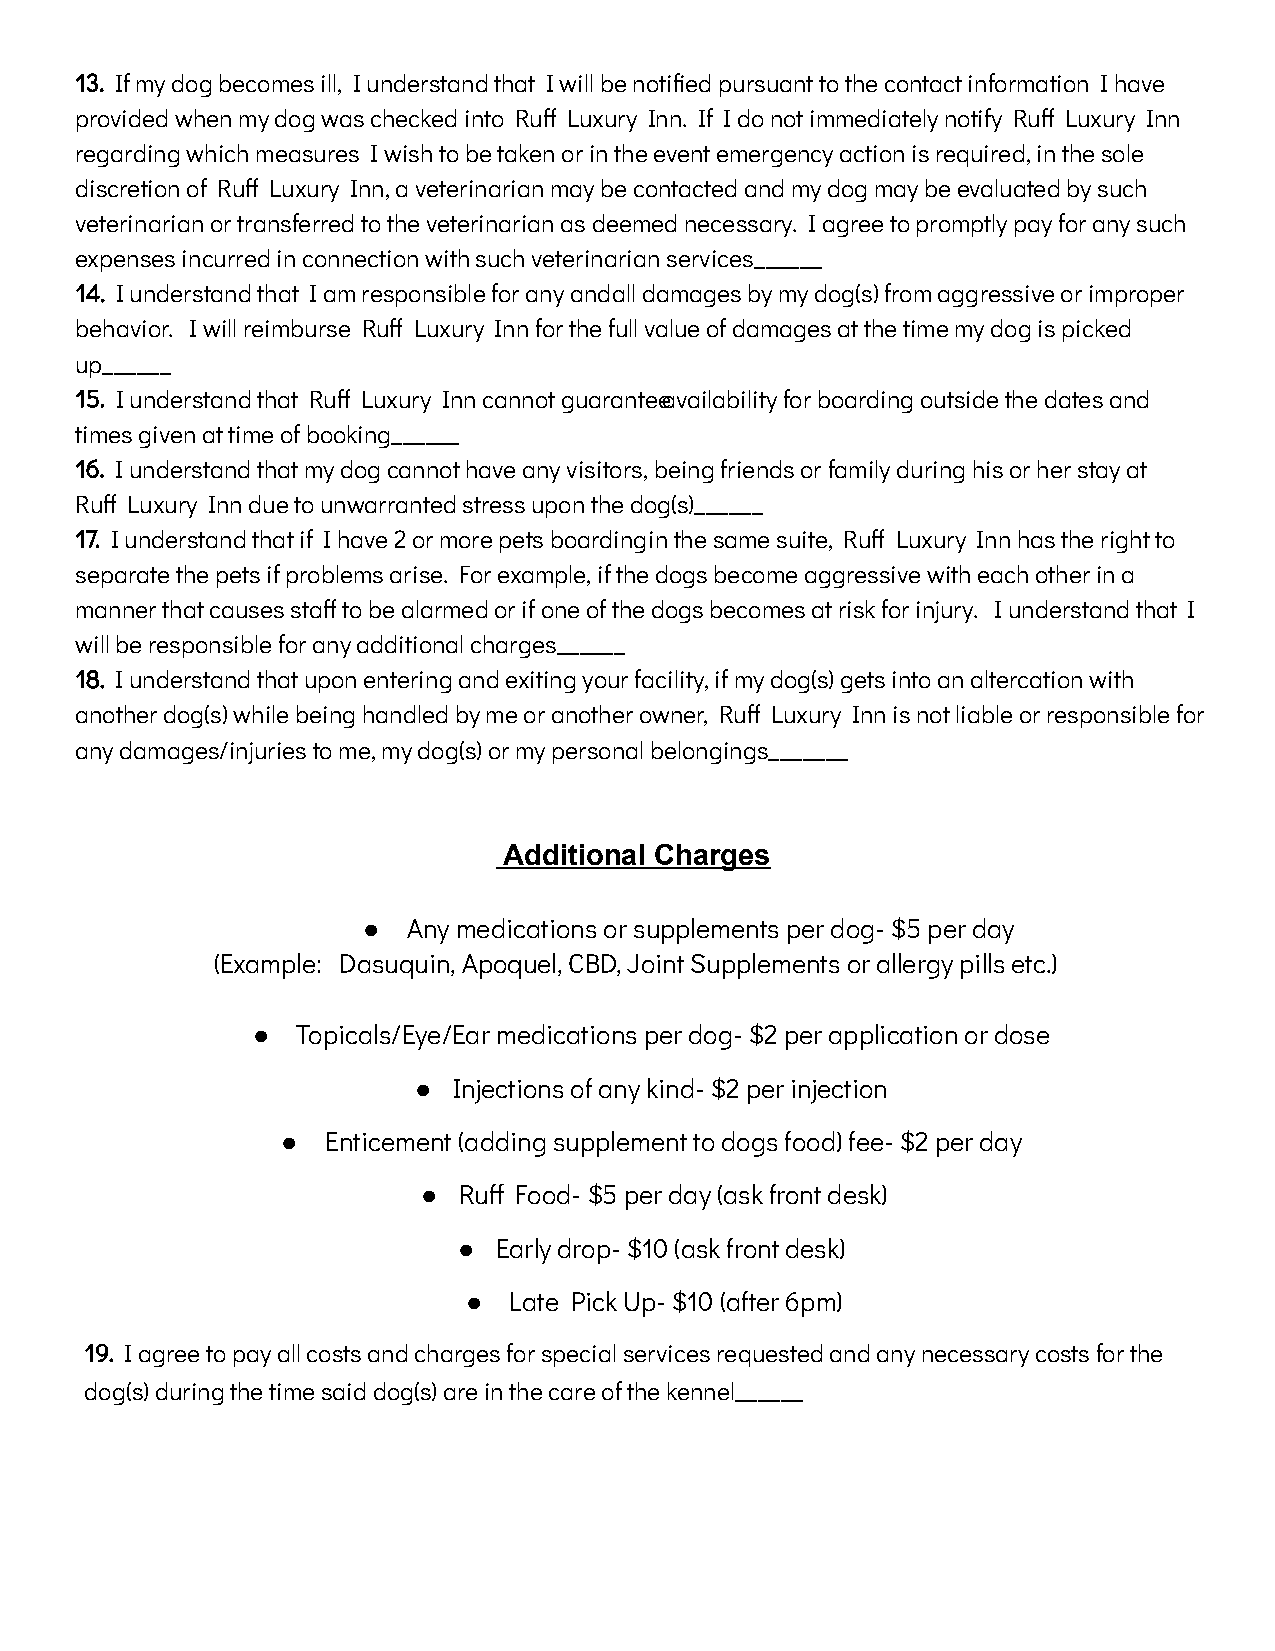
13. If my dog becomes ill, I understand that I will be notified pursuant to the contact information I have
 provided when my dog was checked into Ru Luxury Inn. If I do not immediately notify Ru Luxury Inn
 regarding which measures I wish to be taken or in the event emergency action is required, in the sole
 discretion of Ru Luxury Inn, a veterinarian may be contacted and my dog may be evaluated by such
 veterinarian or transferred to the veterinarian as deemed necessary. I agree to promptly pay for any such
 expenses incurred in connection with such veterinarian services______
 14. I understand that I am responsible for any andall damages by my dog(s) from aggressive or improper
 behavior. I will reimburse Ru Luxury Inn for the full value of damages at the time my dog is picked
 up______
 15. I understand that Ru Luxury Inn cannot guaranteeavailability for boarding outside the dates and
 times given at time of booking______
 16. I understand that my dog cannot have any visitors,being friends or family during his or her stay at
 Ru Luxury Inn due to unwarranted stress upon the dog(s)______
 17. I understand that if I have 2 or more pets boardingin the same suite, Ru Luxury Inn has the right to
 separate the pets if problems arise. For example, if the dogs become aggressive with each other in a
 manner that causes sta to be alarmed or if one of the dogs becomes at risk for injury. I understand that I
 will be responsible for any additional charges______
 18. I understand that upon entering and exiting yourfacility, if my dog(s) gets into an altercation with
 another dog(s) while being handled by me or another owner, Ru Luxury Inn is not liable or responsible for
 any damages/injuries to me, my dog(s) or my personal belongings_______
 Additional Charges
 ●  Any medications or supplements per dog- $5 per day
 (Example: Dasuquin, Apoquel, CBD, Joint Supplements or allergy pills etc.)
 ●  Topicals/Eye/Ear medications per dog- $2 per application or dose
 ●  Injections of any kind- $2 per injection
 ●  Enticement (adding supplement to dogs food) fee- $2 per day
 ● Ru Food- $5 per day (ask front desk)
 ●  Early drop- $10 (ask front desk)
 ●  Late Pick Up- $10 (after 6pm)
 19. I agree to pay all costs and charges for specialservices requested and any necessary costs for the
 dog(s) during the time said dog(s) are in the care of the kennel______